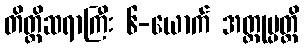
တိတ္ထိဆရာကြီး ၆-ယောက် အတ္ထုပ္ပတ္တိ